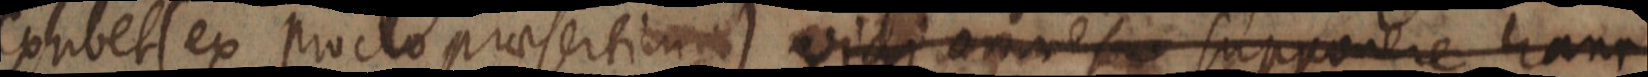
exhibet (ex proclo praesertin) vidi omnes supponere hanc